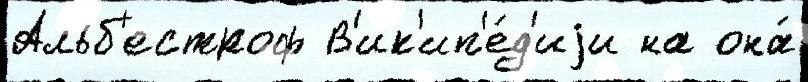
Альб'естроф В'ик'ип'е́д'иjи на она́